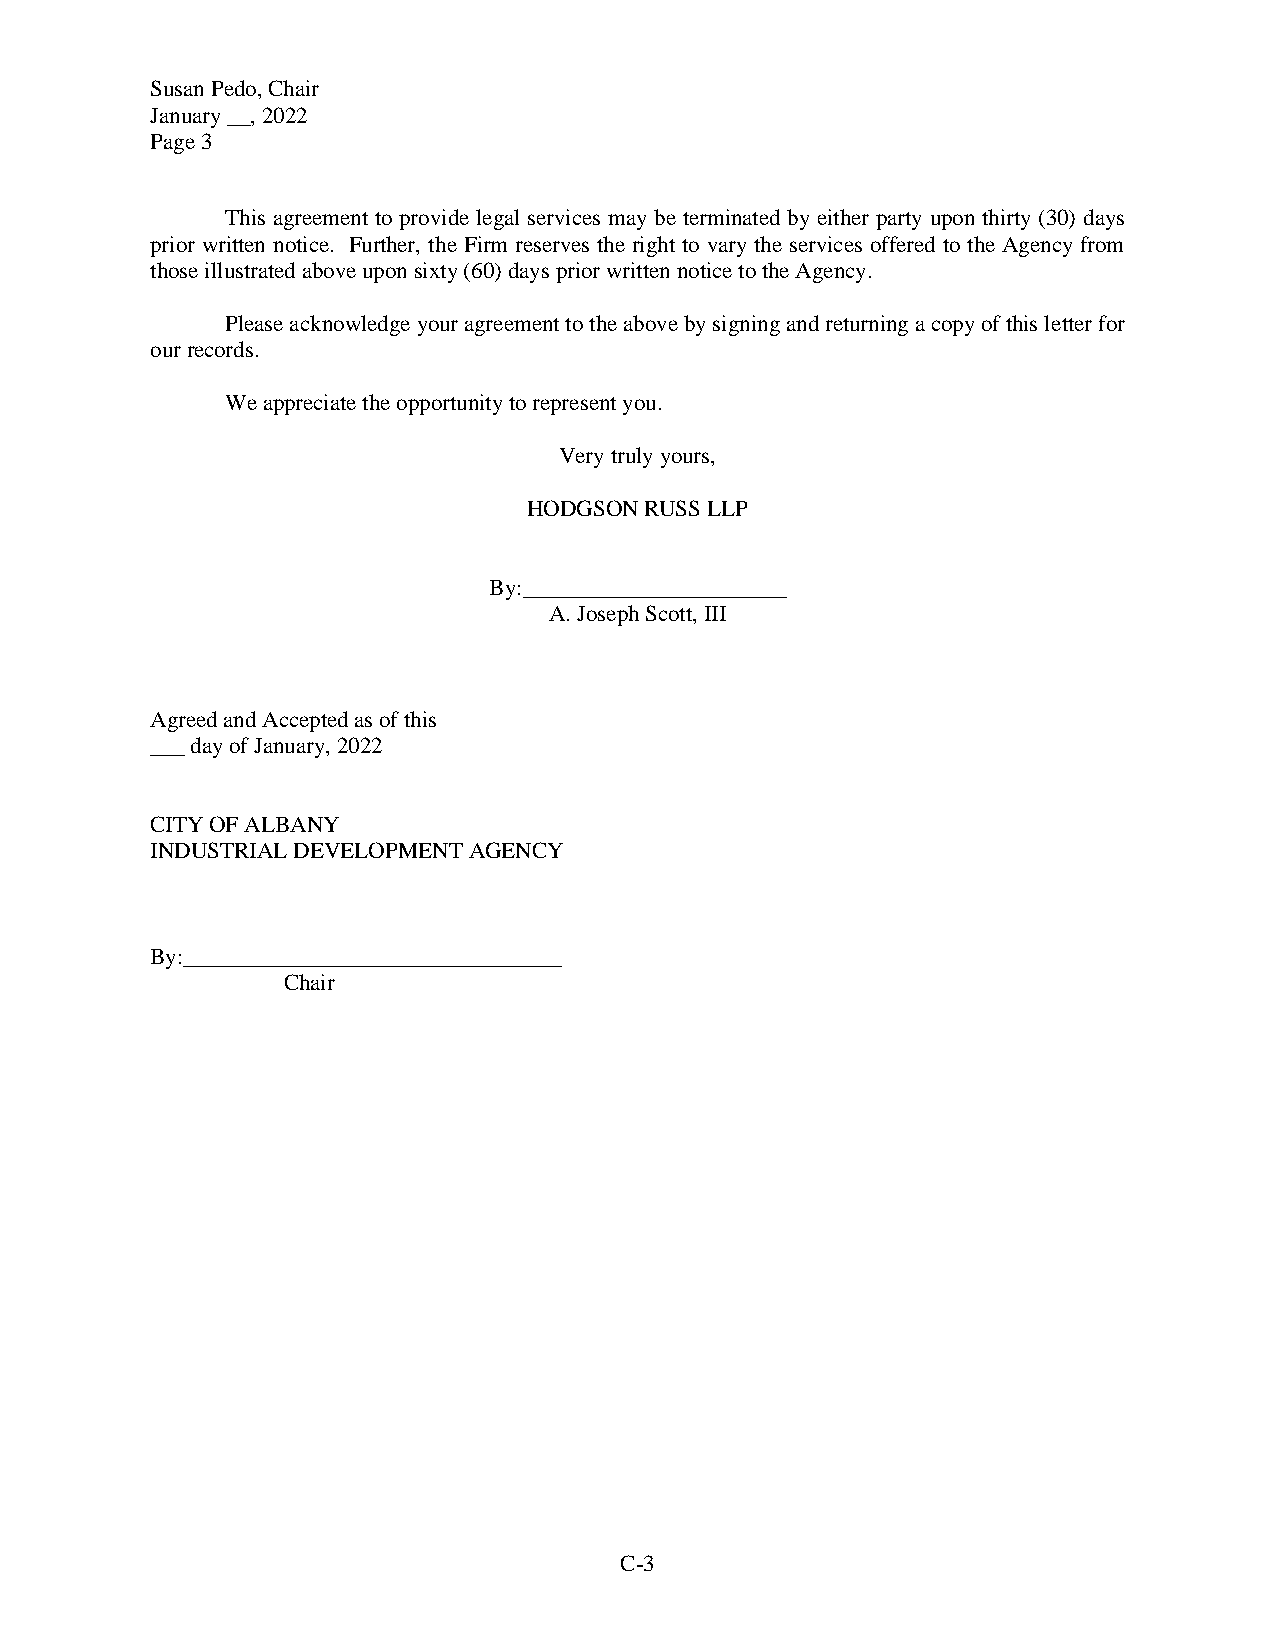
Susan Pedo, Chair
 January __, 2022
 Page 3
 This agreement to provide legal services may be terminated by either party upon thirty (30) days
 prior written notice. Further, the Firm reserves the right to vary the services offered to the Agency from
 those illustrated above upon sixty (60) days prior written notice to the Agency.
 Please acknowledge your agreement to the above by signing and returning a copy of this letter for
 our records.
 We appreciate the opportunity to represent you.
 Very truly yours,
 HODGSON RUSS LLP
 By:_______________________
 A. Joseph Scott, III
 Agreed and Accepted as of this
 ___ day of January, 2022
 CITY OF ALBANY
 INDUSTRIAL DEVELOPMENT AGENCY
 By:_________________________________
 Chair
 C-3